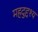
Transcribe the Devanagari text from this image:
महदुद्दश्य